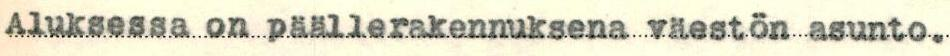
Aluksessa on päällerakennuksena väestön asunto.